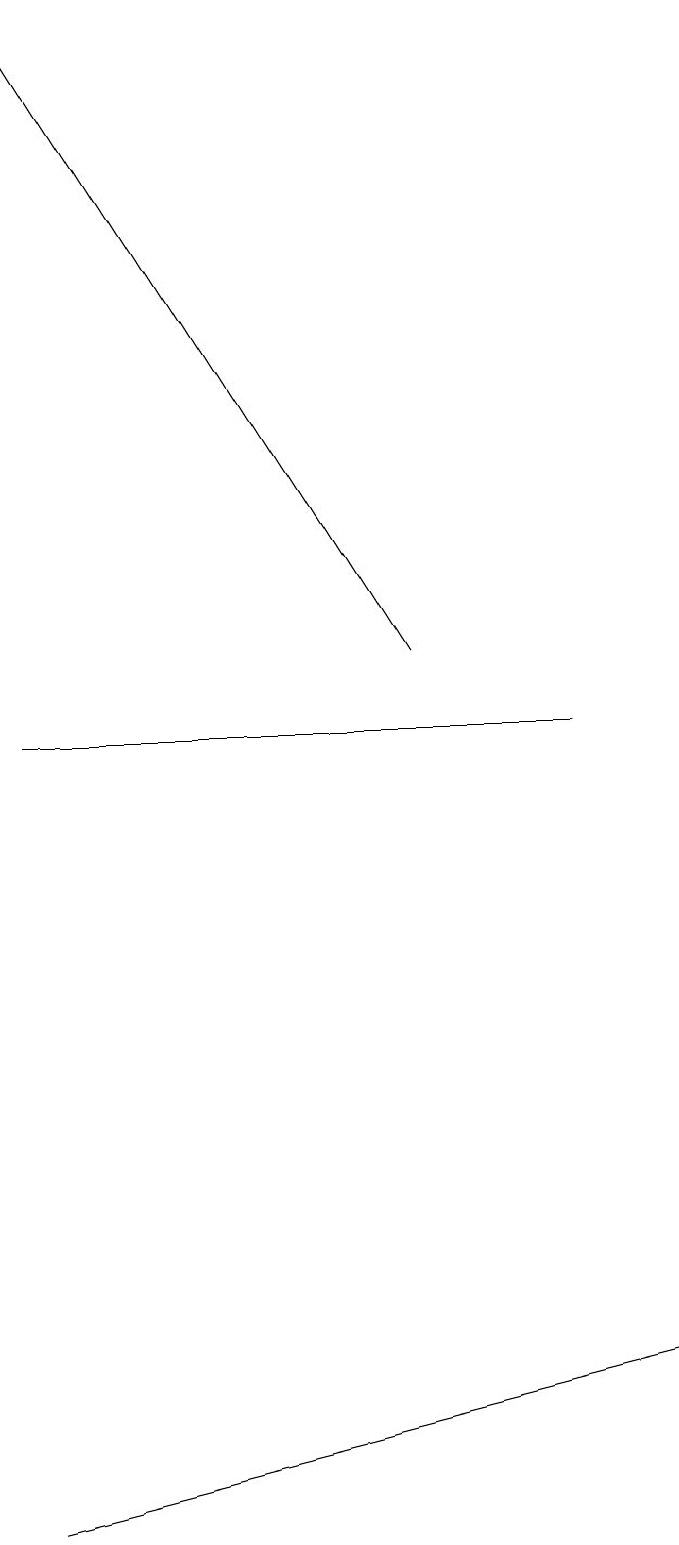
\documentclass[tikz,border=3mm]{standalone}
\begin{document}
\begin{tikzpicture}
\draw (1,10) rectangle (8,10);
\draw[->] (6,11) -- (1,19);
\draw (1,0) -- (9,2) -- (5,1) -- cycle;
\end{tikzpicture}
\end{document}